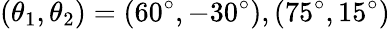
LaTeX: (\theta_{\mathrm{1}},\theta_{\mathrm{2}})=(60^{\circ},-30^{\circ}),(75^{\circ},15^{\circ})